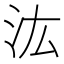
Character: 汯